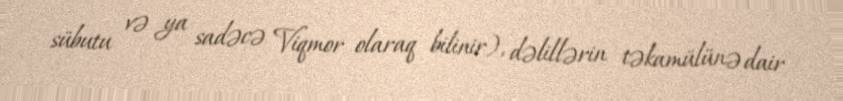
sübutu və ya sadəcə Viqmor olaraq bilinir), dəlillərin təkamülünə dair